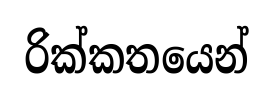
රික්කතයෙන්